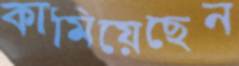
কামিয়েছেন